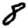
Digit: 8